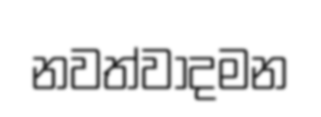
නවත්වාදමන